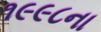
૧૯૯૮ના